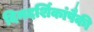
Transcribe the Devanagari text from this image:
दिनदर्शिकांपैकी